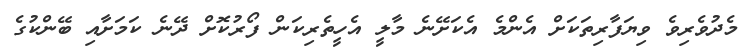
މެދުވެރިވެ ވިޔަފާރިތަކަށް އެންމެ އެކަށޭނެ މާލީ އެހީތެރިކަން ފޯރުކޮށް ދޭނެ ކަމަށާއި ބޭންކުގެ